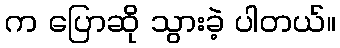
က ပြောဆို သွားခဲ့ ပါတယ်။